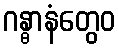
ဂန္ဓာနံတွေဝ